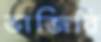
ভাজিবি